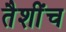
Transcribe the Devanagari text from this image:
तैशींच